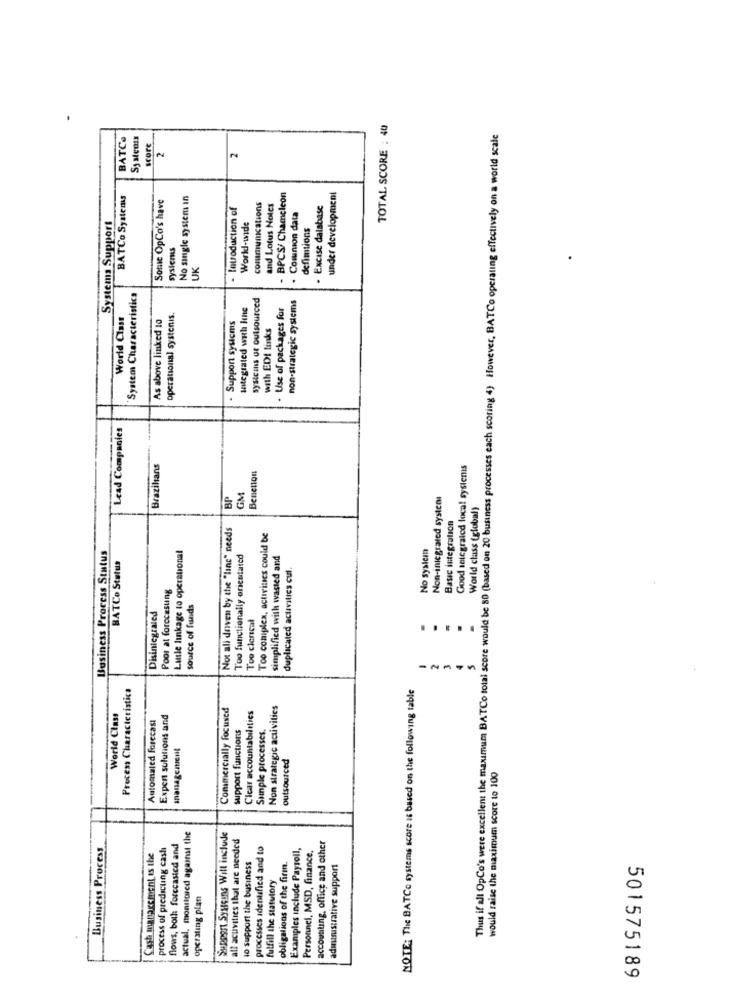
TOTAL SCORE : 40
BATCe
Thus if all OpCo's were excellent the maximum BATCo total score would be 80 (based on 20 business processes each scoring 4) However, BATCo operating effectively on a world scale
score
2
BATCo Systems
Some OpCo's have
No single system in
BPCS/ Chameleon
under development
- Introduction of
communications
and Lotus Notes
. Excise database
Comunion data
Systems Support
World-wide
defimtions
systemes
UK
'System Characteristics
systems or outsourced
non-strategic systems
integrated with Itne
Use of packages for
World Class
As above linked 10
operational systenis.
Support sysicms
with EDI links
Lead Companies
Brazilians
Good seicgrated local systemis
Benetton
BP
GM
Non-inicgrated systent
World class (global)
Basic integration
Not all driven by the "lins" needs
Too complex, activities could be
Business Process Status
Lusle linkage to operational
No sysicin
Too functionally orientated
simplified with wasted and
BATCo Status
duplicated activities cui.
Poor at forccesung
source of funds
Disintegrated
Too clerical
.....
Process Characteristic
NOTE: The BATCe systems score it based on the following table
Commercially focused
Non strategic activities
World Class
Automated forecast
Expert solutions and
Clear accountabilities
support functions
Sunple processes.
management
outsourced
would raise the maximum score to 100
actual. monitored against the
Support Systeens Will include
all acuvities that are needed
accounting, office and other
Business Process
process of predicting cash
flows, both forecasted and
processes identified and to
Examples include Payroll,
Personnel, MSD, finance,
Cash management is the
10 support the business
obligations of the firm.
admasustrative support
fulfill the statutory
operating plan
501575189